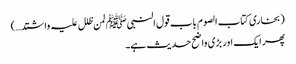
(بخاری کتاب الصوم باب قول النبیﷺ لمن ظلل علیہ واشتد…)
پھر ایک اور بڑی واضح حدیث ہے۔